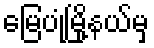
မြေပုံမြို့နယ်မှ